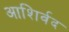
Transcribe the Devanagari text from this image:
आशिर्वद